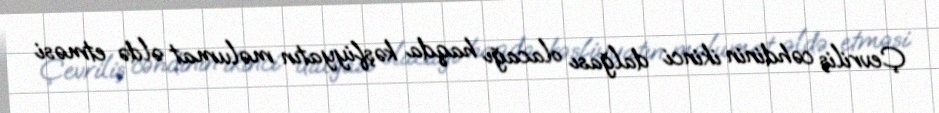
Çevriliş cəhdinin ikinci dalğası olacağı haqda kəşfiyyatın məlumat əldə etməsi